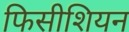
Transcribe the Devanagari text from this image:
फिसीशियन